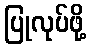
ပြုလုပ်ဖို့